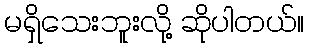
မရှိသေးဘူးလို့ ဆိုပါတယ်။